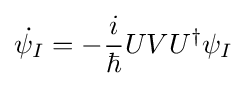
{\dot {\psi _{I}}}=-{\frac {i}{\hbar }}UVU^{\dagger }\psi _{I}